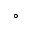
^ { \circ }